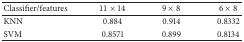
<table><thead><tr><td><b>Classifier/features</b></td><td><b>11 × 14</b></td><td><b>9 × 8</b></td><td><b>6 × 8</b></td></tr></thead><tbody><tr><td>KNN</td><td>0.884</td><td>0.914</td><td>0.8332</td></tr><tr><td>SVM</td><td>0.8571</td><td>0.899</td><td>0.8134</td></tr></tbody></table>